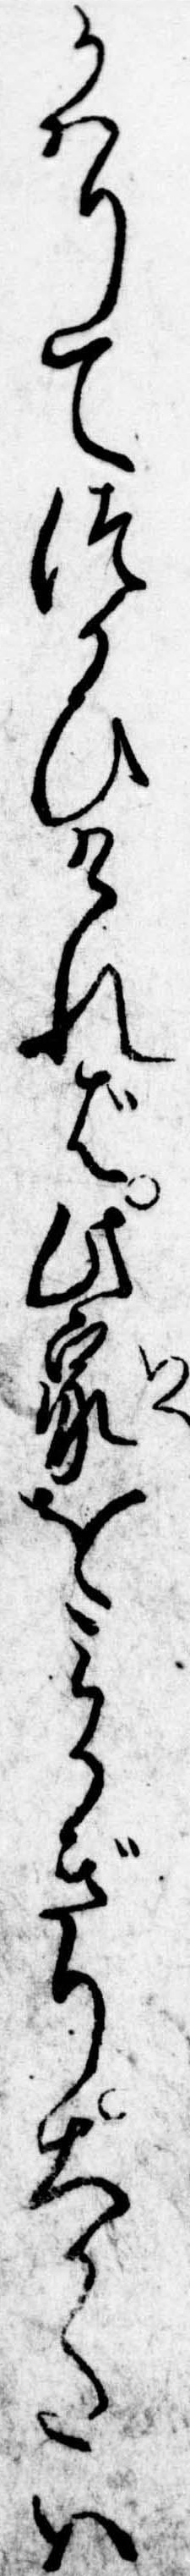
かはりてつかひければ此家をみかぎり大かたは